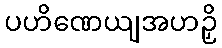
ပဟိဏေယျအဟဉှိ